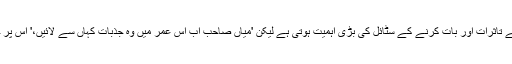
ایک اور موقعے پر خورشید شاہ نے جب کہا کہ عالمی فورم میں تقریر میں چہرے کے تاثرات اور بات کرنے کے سٹائل کی بڑی اہمیت ہوتی ہے لیکن 'میاں صاحب اب اس عمر میں وہ جذبات کہاں سے لائیں،' اس پر حزب مخالف کے ارکان کے قہقے بلند ہوئے اور حکومتی ارکان خاموش بیٹھے رہے۔